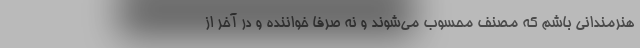
هنرمندانی باشم که مصنف محسوب می‌شوند و نه صرفاً خواننده و در آخر از